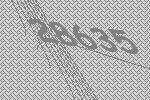
28635